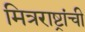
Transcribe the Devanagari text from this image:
मित्रराष्ट्रांची